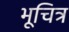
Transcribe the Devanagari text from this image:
भूचित्र